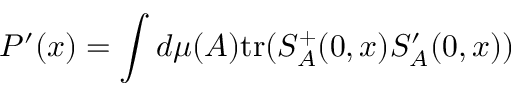
P ^ { \prime } ( x ) = \int d \mu ( A ) \mathrm { t r } ( S _ { A } ^ { + } ( 0 , x ) S _ { A } ^ { \prime } ( 0 , x ) )